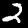
Digit: 2